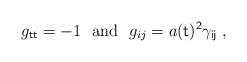
\begin{align*}g_{\sf t t}=-1 ~~\mbox{and}~~ g_{ij}=a(\sf t)^2\gamma_{ij} \;,\end{align*}